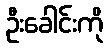
ဦးခေါင်းကို